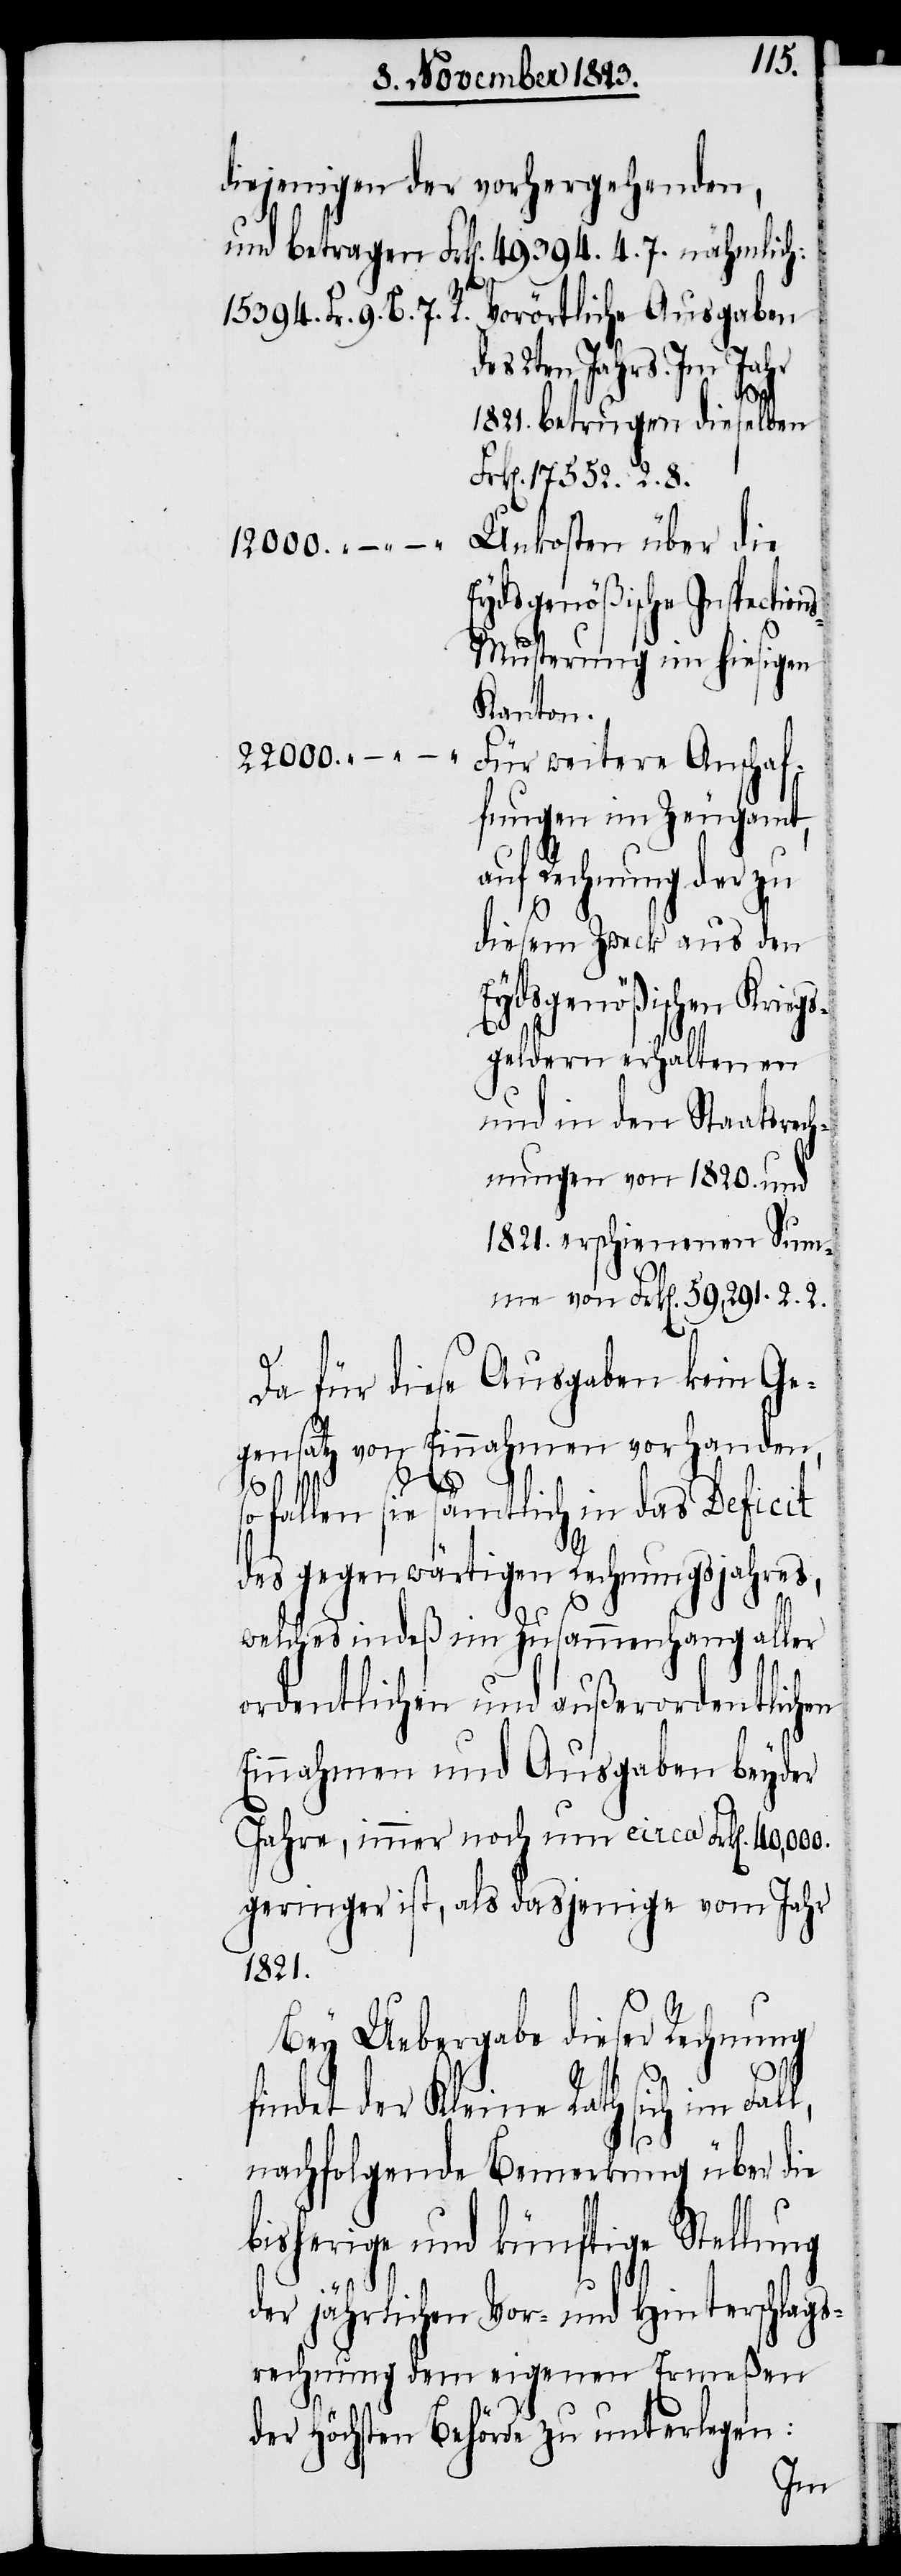
diejenigen der vorhergehenden,
und betragen Frk[en]. 49394. 4. 7. nähmlich:
Vorörtliche Ausgaben
2ten Jahrs. Im Jahr
1821. betrugen dieselben
Frk[en]. 17552. 2. 8.
Unkosten über die
12000.
Eydsgenößische Inspectio¬
s-Musterung im hiesigen
Kanton.
22000.
Für weitere Anschaf¬
fungen im Zeugamt,
auf Rechnung der zu
diesem Zweck aus den
Eydsgenößischen Krie¬
gsgeldern erhaltenen
und in den Staatsrech¬
nungen von 1820. und
1821. erschienenen Sum¬
me von Frk[en]. 59,291. 2. 2.
des
Da für diese Ausgaben kein Ge¬
gensatz von Einnahmen vorhanden,
„
„
„
B.
so fallen sie sämtlich in das Deficit
l,
des gegenwärtigen Rechnungsjahres,
welches indeß im Zusammenhang aller
ordentlichen und außerordentlichen
Einnahmen und Ausgaben beyder
Jahre, immer noch um circa Frk[en]. 40,000.
geringer ist, als dasjenige vom Jahr
1821.
Bey Uebergabe dieser Rechnung
findet der Kleine Rath sich im Fal¬
nachfolgende Bemerkung über die
bisherige und künftige Stellung
Fr.
der jährlichen Vor- und Hinterschlags¬
rechnung dem eigenen Ermeßen
der Höchsten Behörde zu unterlegen: